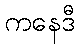
ကနေဒီ